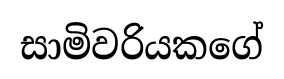
සාමිවරියකගේ